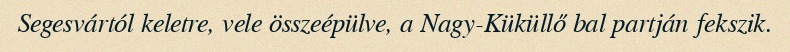
Segesvártól keletre, vele összeépülve, a Nagy-Küküllő bal partján fekszik.